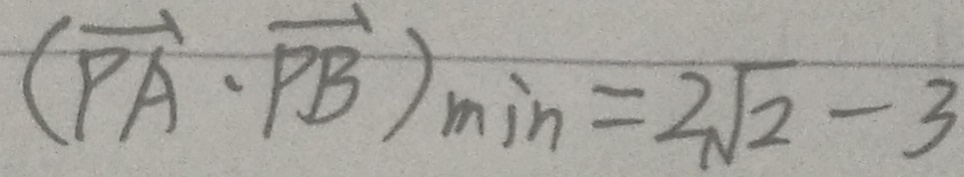
( \overrightarrow { P A } \cdot \overrightarrow { P B } ) \min = 2 \sqrt { 2 } - 3